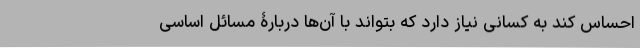
احساس کند به کسانی نیاز دارد که بتواند با آن‌ها دربارۀ مسائل اساسی